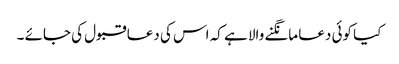
کیا کوئی دعا مانگنے والا ہے کہ اس کی دعا قبول کی جائے ۔